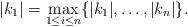
\begin{align*}|k_1|=\max_{1\leq i\leq n}\{|k_1|,\dots,|k_n|\}. \end{align*}